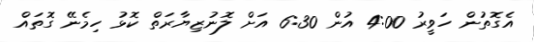
އެގޮތުން ހަވީރު 4:00 އުން 6:30 އަށް ލޮނުޒިޔާރަތް ކޮޅު ހިމެނޭ ގޮތައް